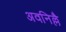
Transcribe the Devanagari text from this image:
अवनिल्लै